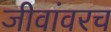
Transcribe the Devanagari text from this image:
जीवांवरच